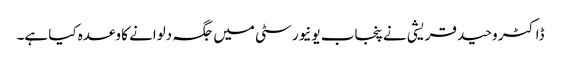
ڈاکٹر وحید قریشی نے پنجاب یونیورسٹی میں جگہ دلوانے کا وعدہ کیا ہے۔